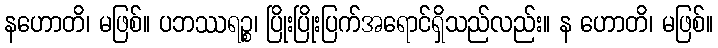
နဟောတိ၊ မဖြစ်။ ပဘဿရဉ္စ၊ ပြိုးပြိုးပြက်အရောင်ရှိသည်လည်း။ န ဟောတိ၊ မဖြစ်။